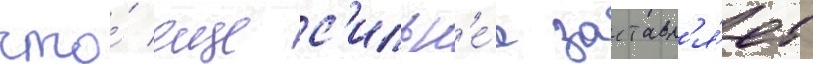
что́ еще с'ильн'е́е заставл'я́ет